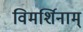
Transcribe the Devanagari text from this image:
विमर्शिनाम्